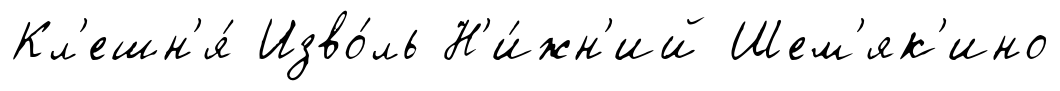
Кл'ешн'я́ Изво́ль Н'и́жн'ий Шем'як'ино